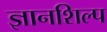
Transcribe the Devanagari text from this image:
ज्ञानशिल्प